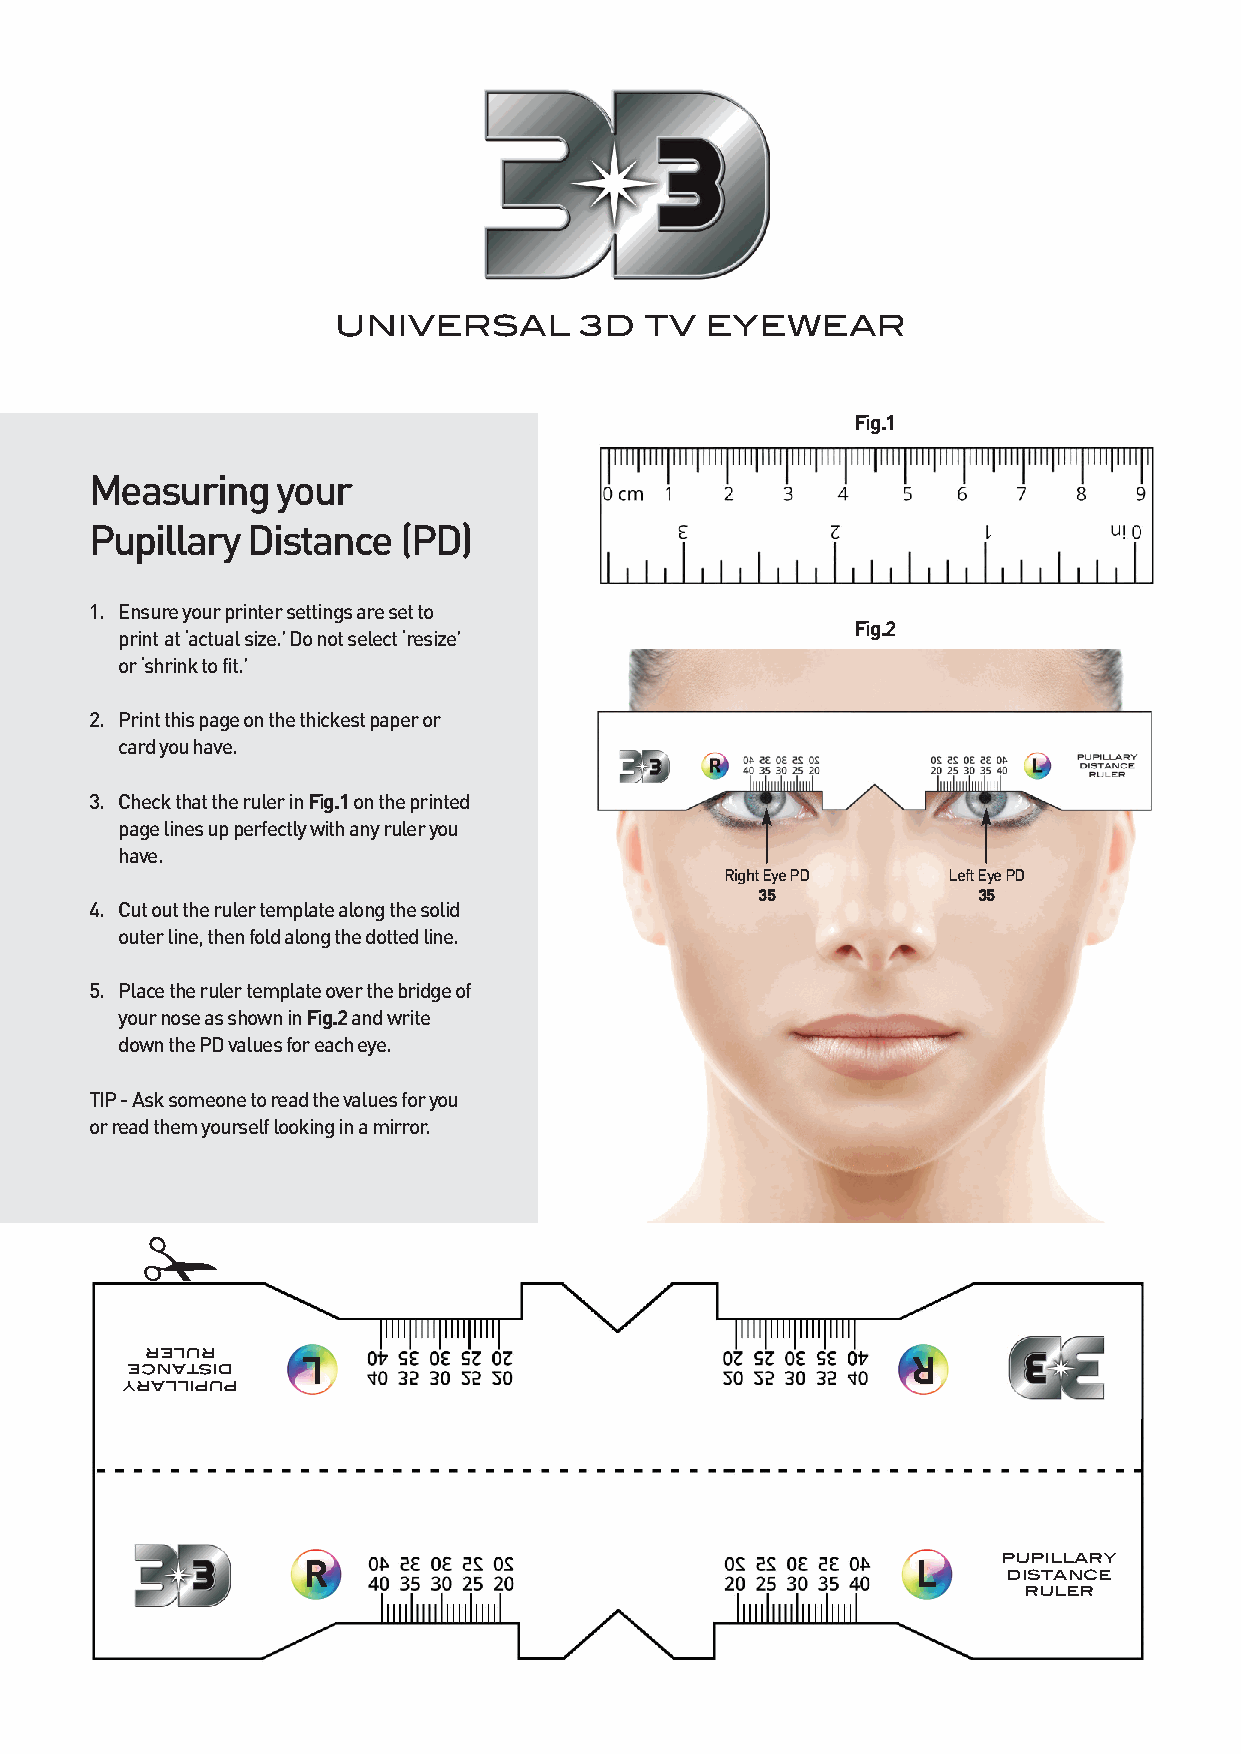
UNIVERSAL       3D   TV  EYEWEAR
 Fig.1
 Measuring   your
 Pupillary Distance  (PD)
 1. Ensure your printer settings are set to
 Fig.2
 print at ‘actual size.’ Do not select ‘resize’
 or ‘shrink to fit.’
 2. Print this page on the thickest paper or
 card you have.
 3. Check that the ruler in Fig.1on the printed
 page lines up perfectly with any ruler you
 have.
 Right Eye PD   Left Eye PD
 35             35
 4. Cut out the ruler template along the solid
 outer line, then fold along the dotted line.
 5. Place the ruler template over the bridge of
 your nose as shown in Fig.2and write
 down the PD values for each eye.
 TIP - Ask someone to read the values for you
 or read them yourself looking in a mirror.
 !
 relur
 L                                       R
 ecnatsid
 yrallipup
 R                                        L    pupillary
 distance
 ruler